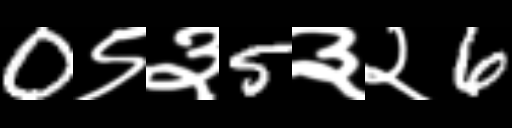
Text: 0९३5३२6